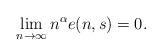
LaTeX: \begin{align*}\lim_{n \rightarrow \infty} n^{\alpha} e(n,s)=0.\end{align*}